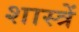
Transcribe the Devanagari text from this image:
शास्त्रें